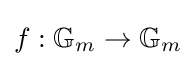
f:\mathbb {G} _{m}\to \mathbb {G} _{m}